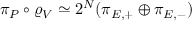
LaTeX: \pi _ { P } \circ \varrho _ { V } \simeq 2 ^ { N } ( \pi _ { E , + } \oplus \pi _ { E , - } )